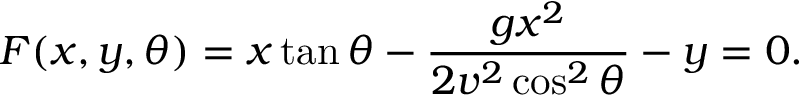
F ( x , y , \theta ) = x \tan \theta - { \frac { g x ^ { 2 } } { 2 v ^ { 2 } \cos ^ { 2 } \theta } } - y = 0 .